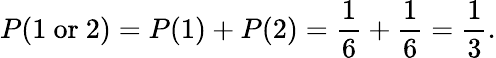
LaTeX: P(1{\mathrm{~or~}}2)=P(1)+P(2)={\frac{1}{6}}+{\frac{1}{6}}={\frac{1}{3}}.